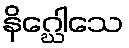
နိဂ္ဃေါသေ